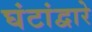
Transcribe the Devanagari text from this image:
घंटांद्वारे